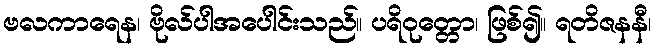
ဗလကာရေန၊ ဗိုလ်ပါအပေါင်းသည်။ ပရိဝုတ္တော၊ ဖြစ်၍။ ရတိဇနနီ၊